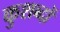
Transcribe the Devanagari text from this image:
कुशब्दों